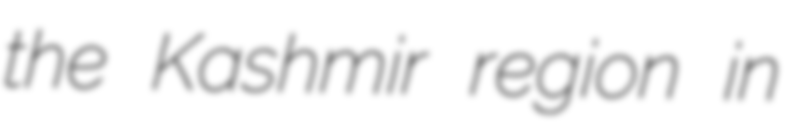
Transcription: the Kashmir region in